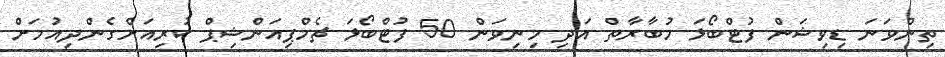
ތިންވަނަ ޑިވިޝަން ފުޓްބޯޅަ މުބާރާތް އަދި މިނިވަން 50 ފުޓްބޯޅަ ޗެމްޕިއަންޝިޕް ކުރިއަށްގެންދިއުމަށް